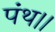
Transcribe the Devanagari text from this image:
पंथ।।